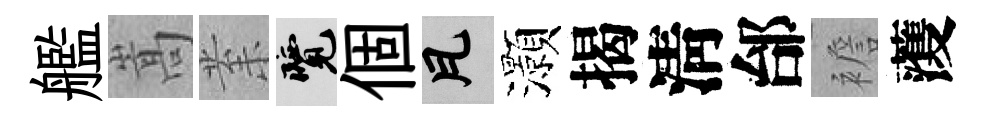
艦嵩𭪙覽個瓦灝揭淸邰襜𮑮